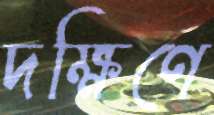
দক্ষিণে